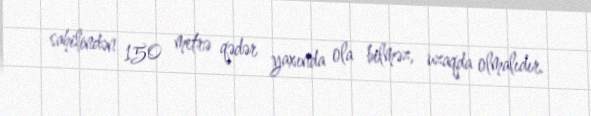
sahilindən 150 metrə qədər yaxında ola bilməz, uzaqda olmalıdır.